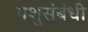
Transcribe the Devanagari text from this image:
पशुसंबंधी